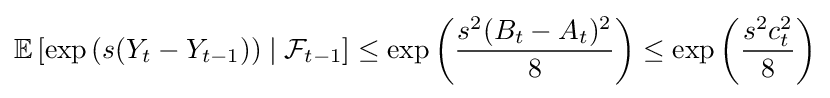
\mathbb {E} \left[\exp \left(s(Y_{t}-Y_{t-1})\right)\mid {\mathcal {F}}_{t-1}\right]\leq \exp \left({\frac {s^{2}(B_{t}-A_{t})^{2}}{8}}\right)\leq \exp \left({\frac {s^{2}c_{t}^{2}}{8}}\right)